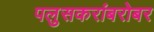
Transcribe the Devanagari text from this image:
पलुसकरांबरोबर